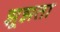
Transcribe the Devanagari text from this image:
झूझता